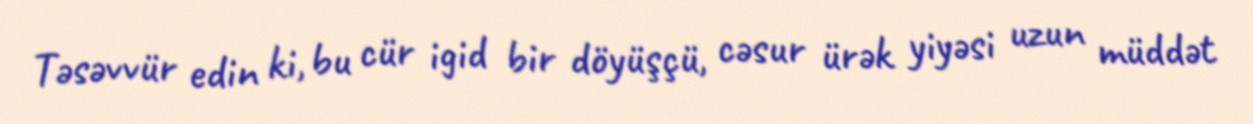
Təsəvvür edin ki, bu cür igid bir döyüşçü, cəsur ürək yiyəsi uzun müddət